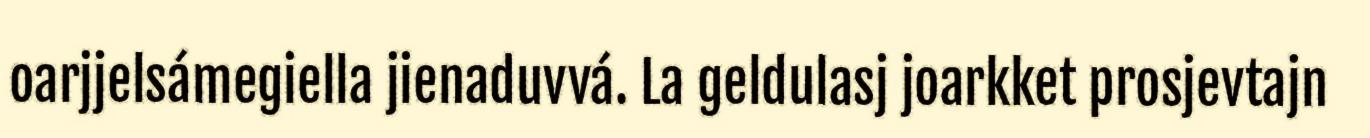
oarjjelsámegiella jienaduvvá. La geldulasj joarkket prosjevtajn